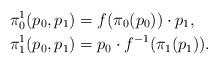
LaTeX: \begin{align*}\pi^1_0 (p_0,p_1) &= f(\pi_0(p_0))\cdot p_1,\\\pi^1_1 (p_0,p_1) &= p_0 \cdot f^{-1}(\pi_1(p_1)).\end{align*}